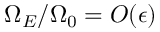
\Omega _ { E } / \Omega _ { 0 } = { \cal O } ( \epsilon )